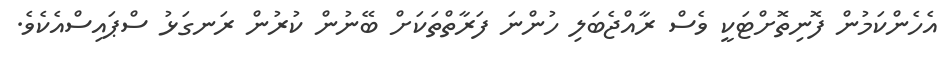
އެހެންކަމުން ފޮނިތޮށްޓަކީ ވެސް ރާއްޖެބަލި ހުންނަ ފަރާތްތަކަށް ބޭނުން ކުރުން ރަނގަޅު ސްޕައިސްއެކެވެ.